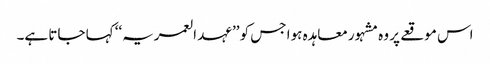
اس موقعے پر وہ مشہور معاہدہ ہوا جس کو ’’عہد العمریہ‘‘ کہا جاتا ہے۔